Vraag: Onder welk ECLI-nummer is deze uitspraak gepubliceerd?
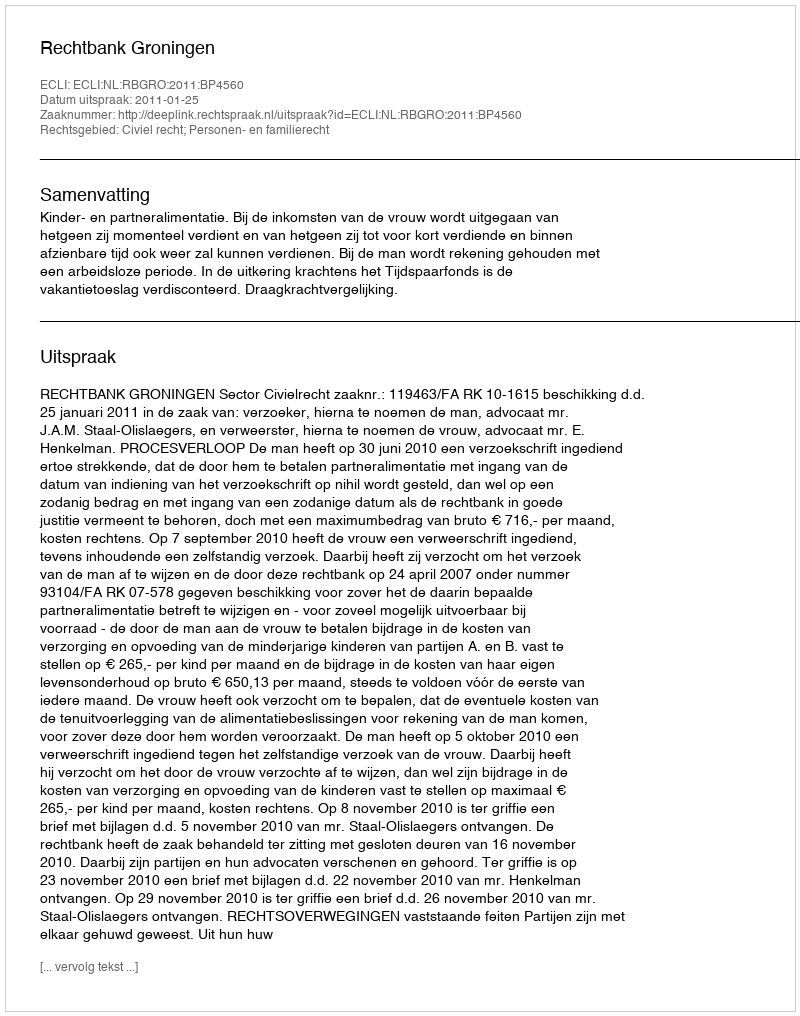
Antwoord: ECLI:NL:RBGRO:2011:BP4560